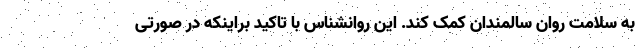
به سلامت روان سالمندان کمک کند. این روانشناس با تاکید براینکه در صورتی